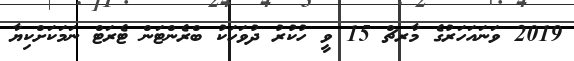
2019 ވަނައަހަރުގެ މާރޗް 15 ވީ ހުކުރު ދުވަހަކު ބްރެންޓަން ޓެރަޓް ނަމަކަށްކިޔާ